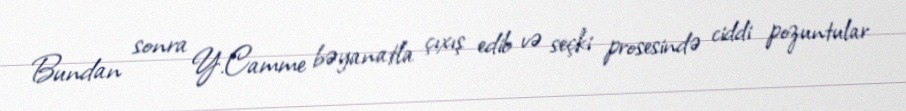
Bundan sonra Y.Camme bəyanatla çıxış edib və seçki prosesində ciddi pozuntular